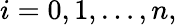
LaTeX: i=0,1,\ldots,n,